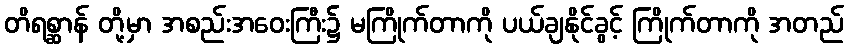
တိရစ္ဆာန် တို့မှာ အစည်းအဝေးကြီး၌ မကြိုက်တာကို ပယ်ချနိုင်ခွင့် ကြိုက်တာကို အတည်